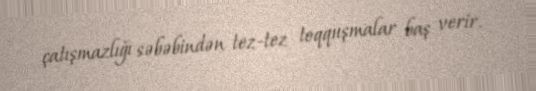
çatışmazlığı səbəbindən tez-tez toqquşmalar baş verir.